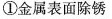
①金属表面除锈